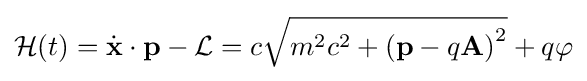
{\mathcal {H}}(t)={\dot {\mathbf {x} }}\cdot \mathbf {p} -{\mathcal {L}}=c{\sqrt {m^{2}c^{2}+{\left(\mathbf {p} -q\mathbf {A} \right)}^{2}}}+q\varphi